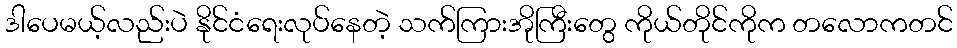
ဒါပေမယ့်လည်းပဲ နိုင်ငံရေးလုပ်နေတဲ့ သက်ကြားအိုကြီးတွေ ကိုယ်တိုင်ကိုက တလောကတင်